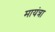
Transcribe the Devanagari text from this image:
मायंत्रा